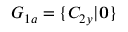
G _ { 1 a } = \{ C _ { 2 y } | \mathbf { 0 } \}